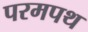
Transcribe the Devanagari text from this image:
परमपथ